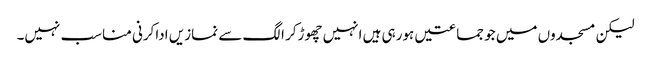
لیکن مسجدوں میں جو جماعتیں ہورہی ہیں انہیں چھوڑکر الگ سے نمازیں اداکرنی مناسب نہیں۔